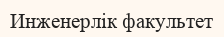
Инженерлік факультет